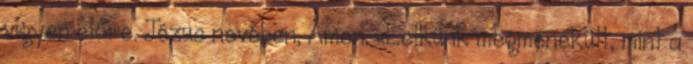
vigyen előre. Jézus nevében, Ámen. „Lelkünk megmenekült, mint a